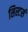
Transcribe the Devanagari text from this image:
सिस्टर्स